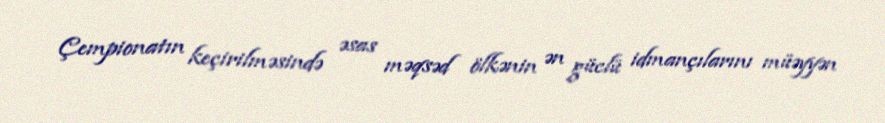
Çempionatın keçirilməsində əsas məqsəd ölkənin ən güclü idmançılarını müəyyən